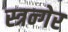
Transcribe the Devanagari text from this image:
स्त्रन्गेर